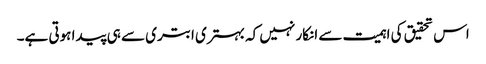
اس تحقیق کی اہمیت سے انکار نہیں کہ بہتری ابتری سے ہی پیدا ہوتی ہے۔